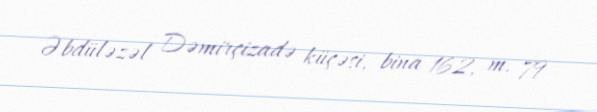
Əbdüləzəl Dəmirçizadə küçəsi, bina 162, m. 79